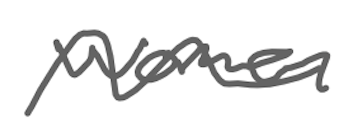
Text: women
Cross-out: wave
Writing tool: digital_gray